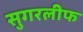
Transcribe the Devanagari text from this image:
सुगरलीफ